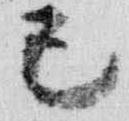
己